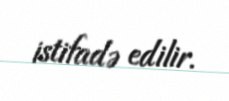
istifadə edilir.